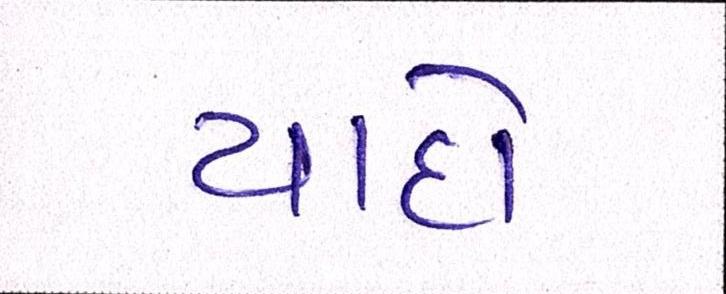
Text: યાદો